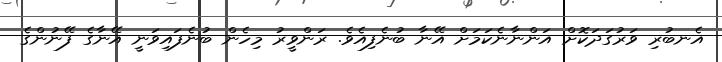
އެނބުރި ވަރުގަދަކޮށް އަންނާނެކަމަށް އޭނާ ބުނެފިއެވެ. ރަންވީރު މިހެން ބުނެފައިވަނީ އޭނާގެ ފޭނުންގެ